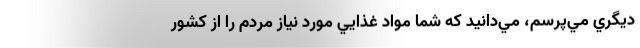
ديگري مي‌پرسم، مي‌دانيد كه شما مواد غذايي مورد نياز مردم را از كشور